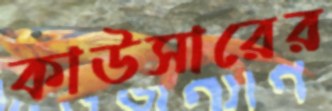
কাউসারের